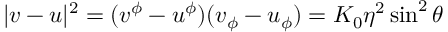
| v - u | ^ { 2 } = ( v ^ { \phi } - u ^ { \phi } ) ( v _ { \phi } - u _ { \phi } ) = K _ { 0 } \eta ^ { 2 } \sin ^ { 2 } \theta